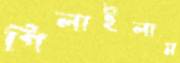
গিলাইলাম